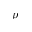
p